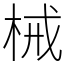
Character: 械